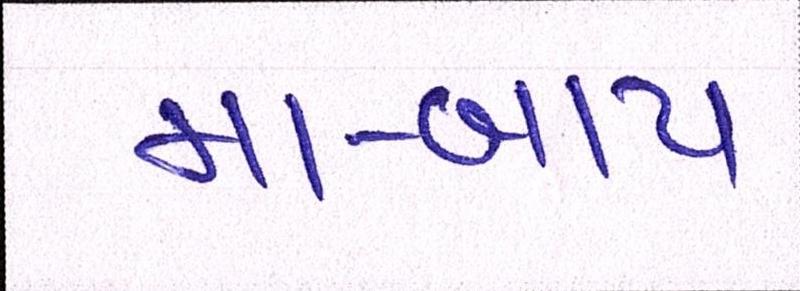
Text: મા-બાપ